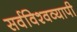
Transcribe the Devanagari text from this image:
सर्वविश्वव्यापी